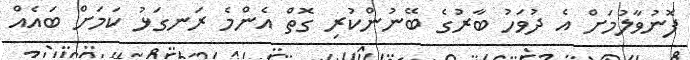
ފޮނުވާލުމަށް އެ ދުވަހު ބާރުގެ ބޭނުންކުރި ގޮތް އެންމެ ރަނގަޅު ކަމަށް ބައެއް